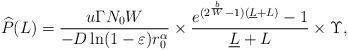
LaTeX: \begin{align*} \widehat P(L) &= \frac{{u\Gamma {N_0}W}}{{ - D\ln (1 - \varepsilon ) r_0^\alpha}} \times \frac{{{e^{({2^{\frac{b}{W}}} - 1)({\underline L} + L)}} - 1}}{{{\underline L} + L}} \times \Upsilon,\end{align*}